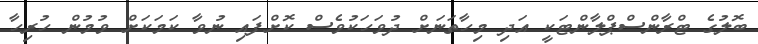
ބޮލުގެ ޓްރާންސްޕްލާންޓަކީ އަދި މިހާތަނަށް ދުވަހަކުވެސް ކޮށްފައި ނުވާ ކަމަކަށް ވުމުން ހުރިހާ